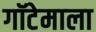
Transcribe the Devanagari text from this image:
गॉटेमाला